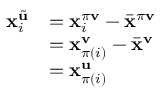
\begin{array} { r l } { \mathbf { x } _ { i } ^ { \tilde { \mathbf { u } } } } & { = \mathbf { x } _ { i } ^ { \pi \mathbf { v } } - \bar { \mathbf { x } } ^ { \pi \mathbf { v } } } \\ & { = \mathbf { x } _ { \pi ( i ) } ^ { \mathbf { v } } - \bar { \mathbf { x } } ^ { \mathbf { v } } } \\ & { = \mathbf { x } _ { \pi ( i ) } ^ { \mathbf { u } } } \end{array}